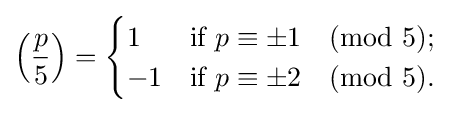
\left({\frac {p}{5}}\right)={\begin{cases}1&{\text{if }}p\equiv \pm 1{\pmod {5}};\\-1&{\text{if }}p\equiv \pm 2{\pmod {5}}.\end{cases}}